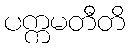
ပက္ကမတီတိ